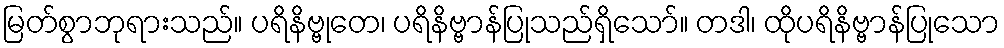
မြတ်စွာဘုရားသည်။ ပရိနိဗ္ဗုတေ၊ ပရိနိဗ္ဗာန်ပြုသည်ရှိသော်။ တဒါ၊ ထိုပရိနိဗ္ဗာန်ပြုသော